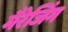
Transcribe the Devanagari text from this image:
मैरेजिंग